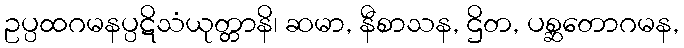
ဥပ္ပထဂမနပ္ပဋိသံယုတ္တာနိ၊ ဆမာ, နီစာသန, ဌိတ, ပစ္ဆတောဂမန,